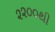
૨૨૦૦થી